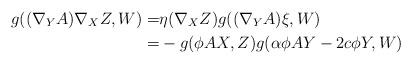
LaTeX: \begin{align*} g((\nabla_YA)\nabla_XZ,W) =&\eta(\nabla_XZ)g((\nabla_YA)\xi,W)\\=&-g(\phi AX,Z)g(\alpha\phi AY-2c\phi Y,W)\end{align*}